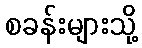
စခန်းများသို့